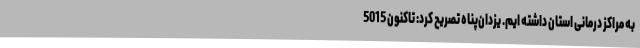
به مراکز درمانی استان داشته ایم. یزدان‌پناه تصریح کرد: تاکنون 5015